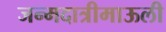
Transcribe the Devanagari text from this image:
जन्मदात्रीमाऊली